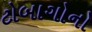
ટોબાગોનો